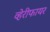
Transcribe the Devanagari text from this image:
व्हेरीफायर